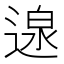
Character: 𮞰